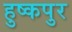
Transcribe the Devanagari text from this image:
हुष्कपुर